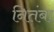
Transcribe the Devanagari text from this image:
नितंबा